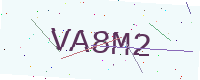
Text: VA8M2